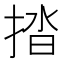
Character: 㧺